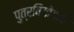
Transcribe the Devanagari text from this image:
पुत्रवियोगाचे